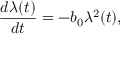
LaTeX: { \frac { d \lambda ( t ) } { d t } } = - b _ { 0 } \lambda ^ { 2 } ( t ) ,